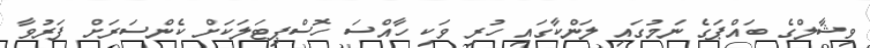
ވިޝާލްގެ ބައްޕަގެ ނަމުގައި ލަންކާގައި ހުރި ވަކި ހާއްސަ ހޮސްޕިޓަލަކަށް ކެންސަރަށް ފަރުވާ